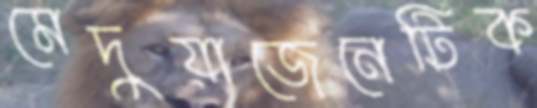
মেদুয়াজেনেটিক